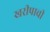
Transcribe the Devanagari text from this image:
खरीपाची